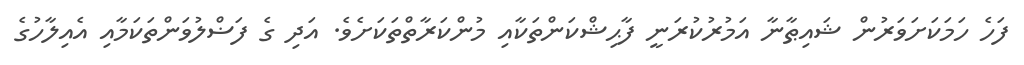
ފަހެ ހަމަކަށަވަރުން ޝައިޠާނާ އަމުރުކުރަނީ ފާޙިޝްކަންތަކާއި މުންކަރާތްތަކަށެވެ. އަދި ގެ ފަޟްލުވަންތަކަމާއި އެއިލާހުގެ